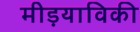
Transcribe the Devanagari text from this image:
मीड़याविकी